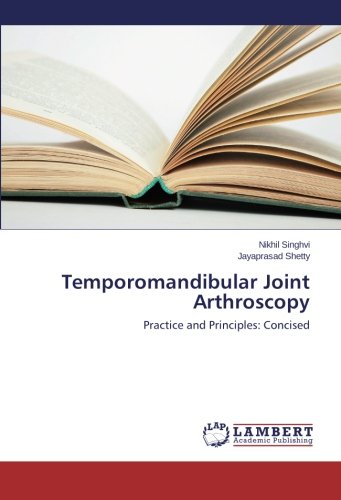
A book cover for Temporomandibular Joint Arthroscopy: Practice and Principles: Concised; Nikhil Singhvi; Medical Books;